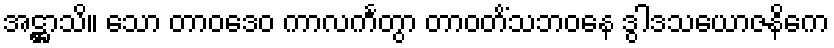
အဋ္ဌာသိ။ သော တာဝဒေဝ ကာလင်္ကတွာ တာဝတိံသဘဝနေ ဒွါဒသယောဇနိကေ